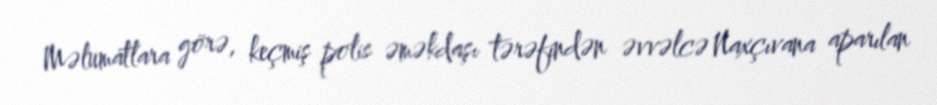
Məlumatlara görə, keçmiş polis əməkdaşı tərəfindən əvvəlcə Naxçıvana aparılan